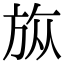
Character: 𣃨